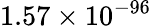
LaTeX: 1.57\times 10^{-96}